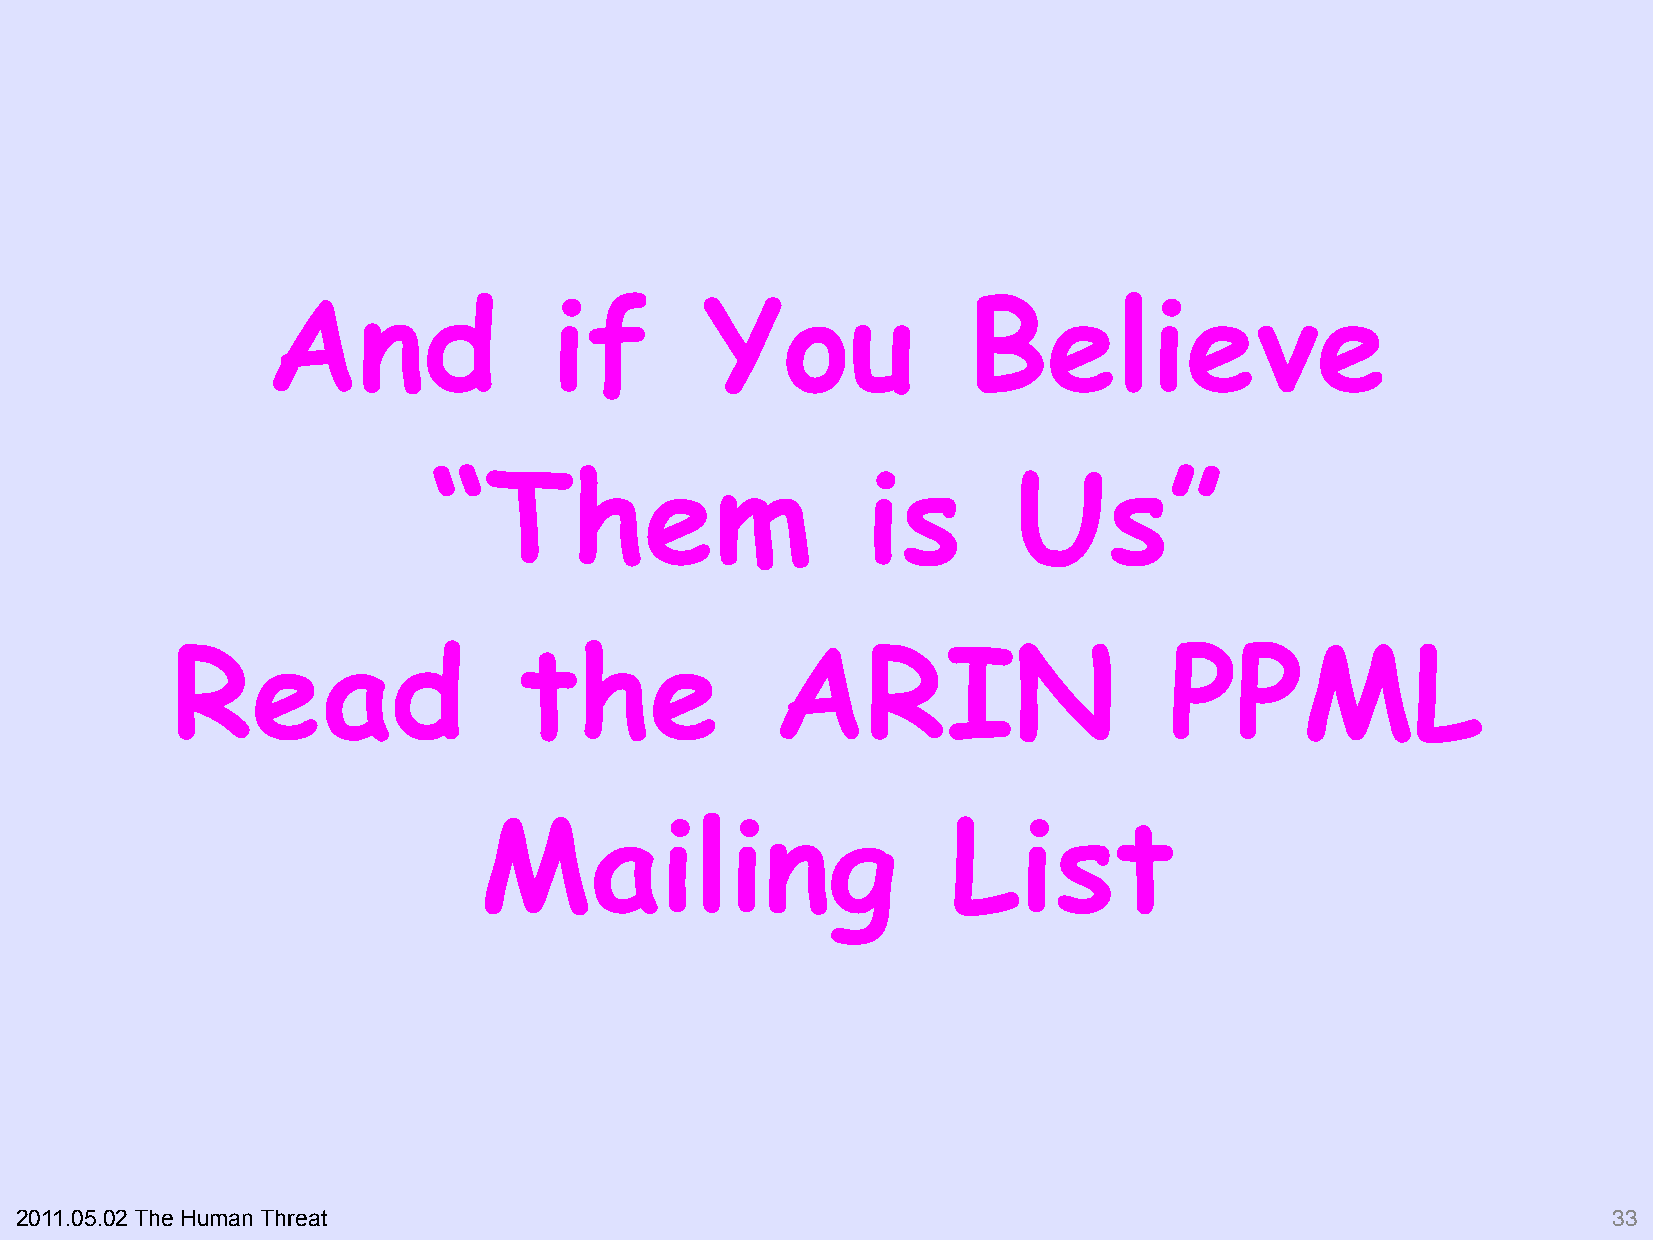
And                if        You              Believe
 “Them                       is        Us        ”
 Read                   the              ARIN                      PPML
 Mailing                        List
 2011.05.02 The Human Threat                                                                               33"